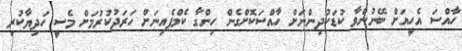
ހާއްސަ އެހީއަށް ބޭނުންވާ ކުޑަކުދިންނަށް ހާއްސަކޮށްގެން ހިންގާ ކެމްޕެއިނަށް ހަރަދުކުރުމަށް މެސީ ހަދިޔާކުރި